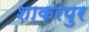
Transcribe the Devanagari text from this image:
शाकरपुर